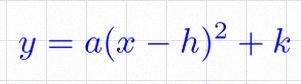
y=a(x-h)^2+k